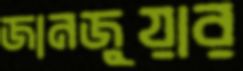
জানজুয়ার